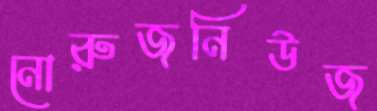
নোরুজনিউজ